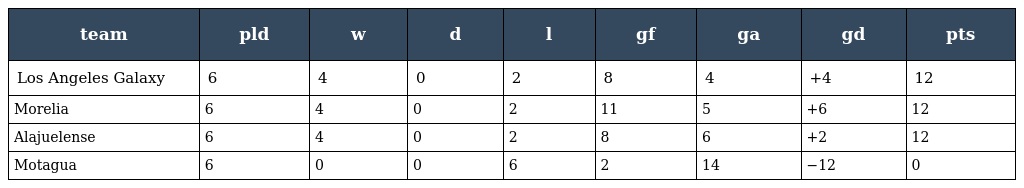
| team | pld | w | d | l | gf | ga | gd | pts |
 | --- | --- | --- | --- | --- | --- | --- | --- | --- |
 | Los Angeles Galaxy | 6 | 4 | 0 | 2 | 8 | 4 | +4 | 12 |
 | Morelia | 6 | 4 | 0 | 2 | 11 | 5 | +6 | 12 |
 | Alajuelense | 6 | 4 | 0 | 2 | 8 | 6 | +2 | 12 |
 | Motagua | 6 | 0 | 0 | 6 | 2 | 14 | −12 | 0 |